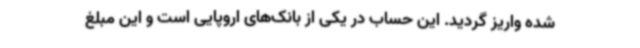
شده واریز گردید. این حساب در یکی از بانک‌های اروپایی است و این مبلغ